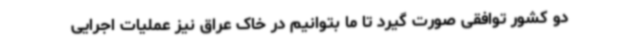
دو کشور توافقی صورت گیرد تا ما بتوانیم در خاک عراق نیز عملیات اجرایی